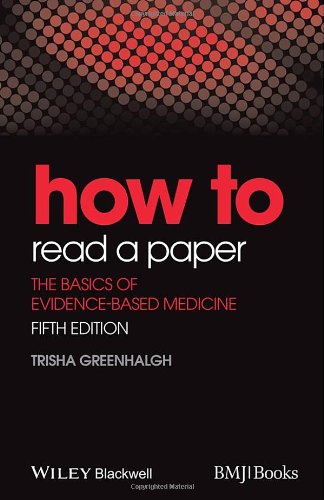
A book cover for How to Read a Paper: The Basics of Evidence-Based Medicine (HOW - How To); Trisha Greenhalgh; Medical Books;